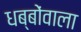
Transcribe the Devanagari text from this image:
धब्बोंवाला